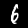
Label: 6